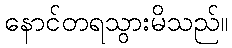
နောင်တရသွားမိသည်။